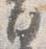
日